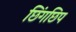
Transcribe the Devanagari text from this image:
छिंगछिप